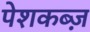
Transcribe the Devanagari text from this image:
पेशकब्ज़